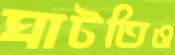
ঘাটতিও